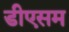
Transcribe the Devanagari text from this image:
डीएसम